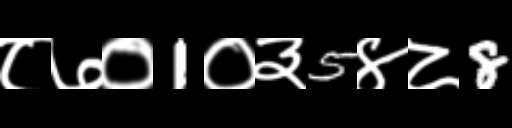
Text: ८७०1०३5४८8